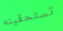
تستحقينه